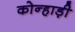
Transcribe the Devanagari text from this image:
कोन्हाड़ी